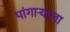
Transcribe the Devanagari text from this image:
पांगाऱ्याला